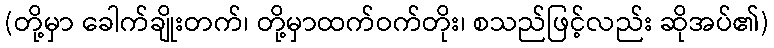
(တို့မှာ ခေါက်ချိုးတက်၊ တို့မှာထက်ဝက်တိုး၊ စသည်ဖြင့်လည်း ဆိုအပ်၏)